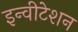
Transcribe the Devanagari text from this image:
इन्वीटेशन